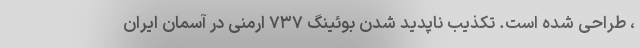
، طراحی شده است. تکذیب ناپدید شدن بوئینگ ۷۳۷ ارمنی در آسمان ایران